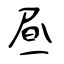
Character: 昼